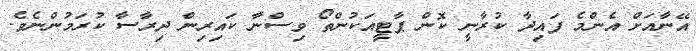
އޭނާއަށް އެންމެ ފައިދާ ކުރާނީ ކޮން ޕާޓީއަކުންތޯ ވިސްނާ ކައިރިން ދިރާސާ ކުރަމުންނެވެ.